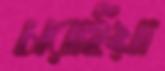
চারাইয়া